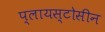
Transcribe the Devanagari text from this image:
प्लायस्टोसीन